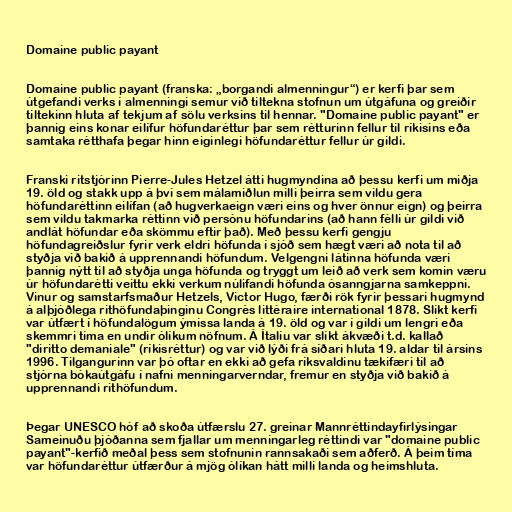
Domaine public payant

Domaine public payant (franska: „borgandi almenningur“) er kerfi þar sem
útgefandi verks í almenningi semur við tiltekna stofnun um útgáfuna og greiðir
tiltekinn hluta af tekjum af sölu verksins til hennar. "Domaine public payant" er
þannig eins konar eilífur höfundaréttur þar sem rétturinn fellur til ríkisins eða
samtaka rétthafa þegar hinn eiginlegi höfundaréttur fellur úr gildi.

Franski ritstjórinn Pierre-Jules Hetzel átti hugmyndina að þessu kerfi um miðja
19. öld og stakk upp á því sem málamiðlun milli þeirra sem vildu gera
höfundaréttinn eilífan (að hugverkaeign væri eins og hver önnur eign) og þeirra
sem vildu takmarka réttinn við persónu höfundarins (að hann félli úr gildi við
andlát höfundar eða skömmu eftir það). Með þessu kerfi gengju
höfundagreiðslur fyrir verk eldri höfunda í sjóð sem hægt væri að nota til að
styðja við bakið á upprennandi höfundum. Velgengni látinna höfunda væri
þannig nýtt til að styðja unga höfunda og tryggt um leið að verk sem komin væru
úr höfundarétti veittu ekki verkum núlifandi höfunda ósanngjarna samkeppni.
Vinur og samstarfsmaður Hetzels, Victor Hugo, færði rök fyrir þessari hugmynd
á alþjóðlega rithöfundaþinginu Congrès littéraire international 1878. Slíkt kerfi
var útfært í höfundalögum ýmissa landa á 19. öld og var í gildi um lengri eða
skemmri tíma en undir ólíkum nöfnum. Á Ítalíu var slíkt ákvæði t.d. kallað
"diritto demaniale" (ríkisréttur) og var við lýði frá síðari hluta 19. aldar til ársins
1996. Tilgangurinn var þó oftar en ekki að gefa ríksvaldinu tækifæri til að
stjórna bókaútgáfu í nafni menningarverndar, fremur en styðja við bakið á
upprennandi rithöfundum.

Þegar UNESCO hóf að skoða útfærslu 27. greinar Mannréttindayfirlýsingar
Sameinuðu þjóðanna sem fjallar um menningarleg réttindi var "domaine public
payant"-kerfið meðal þess sem stofnunin rannsakaði sem aðferð. Á þeim tíma
var höfundaréttur útfærður á mjög ólíkan hátt milli landa og heimshluta.